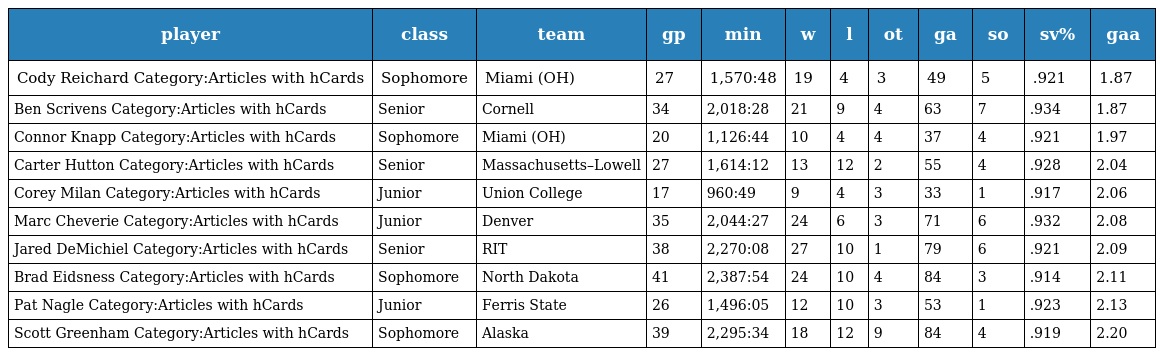
| player | class | team | gp | min | w | l | ot | ga | so | sv% | gaa |
 | --- | --- | --- | --- | --- | --- | --- | --- | --- | --- | --- | --- |
 | Cody Reichard Category:Articles with hCards | Sophomore | Miami (OH) | 27 | 1,570:48 | 19 | 4 | 3 | 49 | 5 | .921 | 1.87 |
 | Ben Scrivens Category:Articles with hCards | Senior | Cornell | 34 | 2,018:28 | 21 | 9 | 4 | 63 | 7 | .934 | 1.87 |
 | Connor Knapp Category:Articles with hCards | Sophomore | Miami (OH) | 20 | 1,126:44 | 10 | 4 | 4 | 37 | 4 | .921 | 1.97 |
 | Carter Hutton Category:Articles with hCards | Senior | Massachusetts–Lowell | 27 | 1,614:12 | 13 | 12 | 2 | 55 | 4 | .928 | 2.04 |
 | Corey Milan Category:Articles with hCards | Junior | Union College | 17 | 960:49 | 9 | 4 | 3 | 33 | 1 | .917 | 2.06 |
 | Marc Cheverie Category:Articles with hCards | Junior | Denver | 35 | 2,044:27 | 24 | 6 | 3 | 71 | 6 | .932 | 2.08 |
 | Jared DeMichiel Category:Articles with hCards | Senior | RIT | 38 | 2,270:08 | 27 | 10 | 1 | 79 | 6 | .921 | 2.09 |
 | Brad Eidsness Category:Articles with hCards | Sophomore | North Dakota | 41 | 2,387:54 | 24 | 10 | 4 | 84 | 3 | .914 | 2.11 |
 | Pat Nagle Category:Articles with hCards | Junior | Ferris State | 26 | 1,496:05 | 12 | 10 | 3 | 53 | 1 | .923 | 2.13 |
 | Scott Greenham Category:Articles with hCards | Sophomore | Alaska | 39 | 2,295:34 | 18 | 12 | 9 | 84 | 4 | .919 | 2.20 |